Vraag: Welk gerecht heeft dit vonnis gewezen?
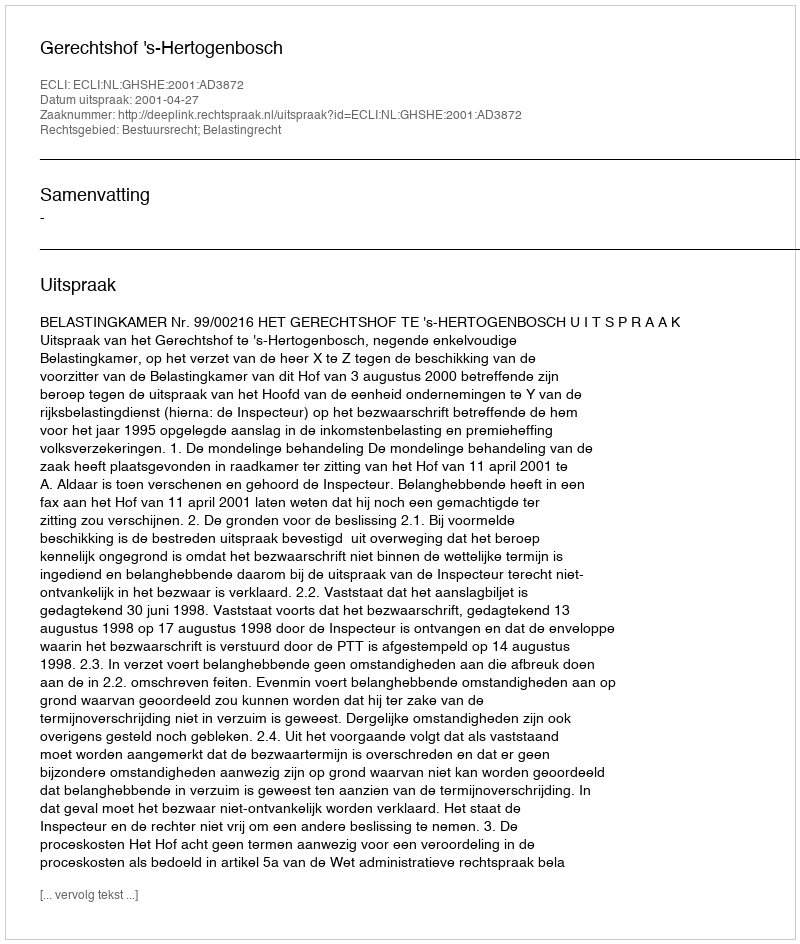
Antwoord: Gerechtshof 's-Hertogenbosch